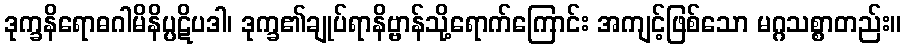
ဒုက္ခနိရောဓဂါမိနိပ္ပဋိပဒါ၊ ဒုက္ခ၏ချုပ်ရာနိဗ္ဗာန်သို့ရောက်ကြောင်း အကျင့်ဖြစ်သော မဂ္ဂသစ္စာတည်း။